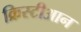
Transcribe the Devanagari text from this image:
क्रिस्टीआन